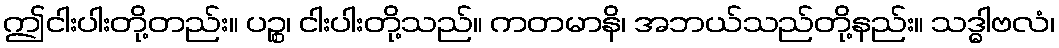
ဤငါးပါးတို့တည်း။ ပဉ္စ၊ ငါးပါးတို့သည်။ ကတမာနိ၊ အဘယ်သည်တို့နည်း။ သဒ္ဓါဗလံ၊